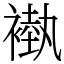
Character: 褹